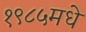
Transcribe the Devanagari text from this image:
१९८५मधे